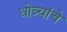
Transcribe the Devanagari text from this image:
धोत्र्यांचे